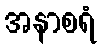
အနာစရံ